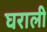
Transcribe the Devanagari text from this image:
घराली